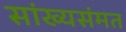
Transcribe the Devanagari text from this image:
सांख्यसंमत